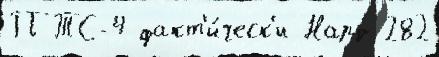
ПТС-4 факт'и́ческ'и Нард 282